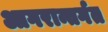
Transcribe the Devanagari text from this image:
आगरान्तर्गत